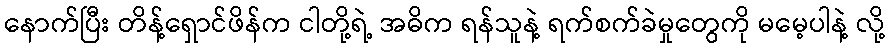
နောက်ပြီး တိန့်ရှောင်ဖိန်က ငါတို့ရဲ့ အဓိက ရန်သူနဲ့ ရက်စက်ခဲမှုတွေကို မမေ့ပါနဲ့ လို့